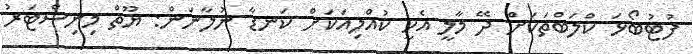
ފުޓުބޯޅަ ކްލަބްތަކަށް ދޭ މާލީ އެހީ ކުއްލިއަކަށް ކަނޑާ ނުލާނަން: ޔޫތް މިނިސްޓަރު